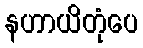
နဟာယိတုံပေ